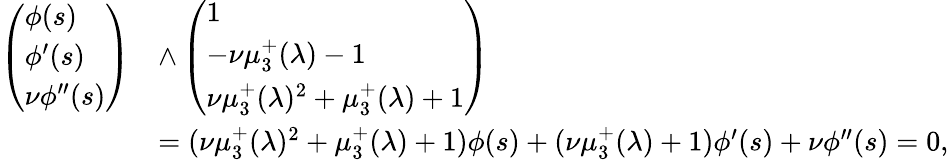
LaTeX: \begin{array}{rl}{\left(\begin{array}{l}{\phi(s)}\\ {\phi^{\prime}(s)}\\ {\nu\phi^{\prime\prime}(s)}\end{array}\right)}&{\wedge\left(\begin{array}{l}{1}\\ {-\nu\mu_{3}^{+}(\lambda)-1}\\ {\nu\mu_{3}^{+}(\lambda)^{2}+\mu_{3}^{+}(\lambda)+1}\end{array}\right)}\\ &{=(\nu\mu_{3}^{+}(\lambda)^{2}+\mu_{3}^{+}(\lambda)+1)\phi(s)+(\nu\mu_{3}^{+}(\lambda)+1)\phi^{\prime}(s)+\nu\phi^{\prime\prime}(s)=0,}\end{array}